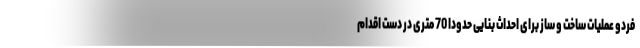
فردو عملیات ساخت و ساز برای احداث بنایی حدودا 70 متری در دست اقدام